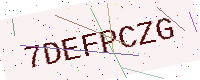
Text: 7DEFPCZG